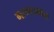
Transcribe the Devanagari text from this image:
मामाजवळ